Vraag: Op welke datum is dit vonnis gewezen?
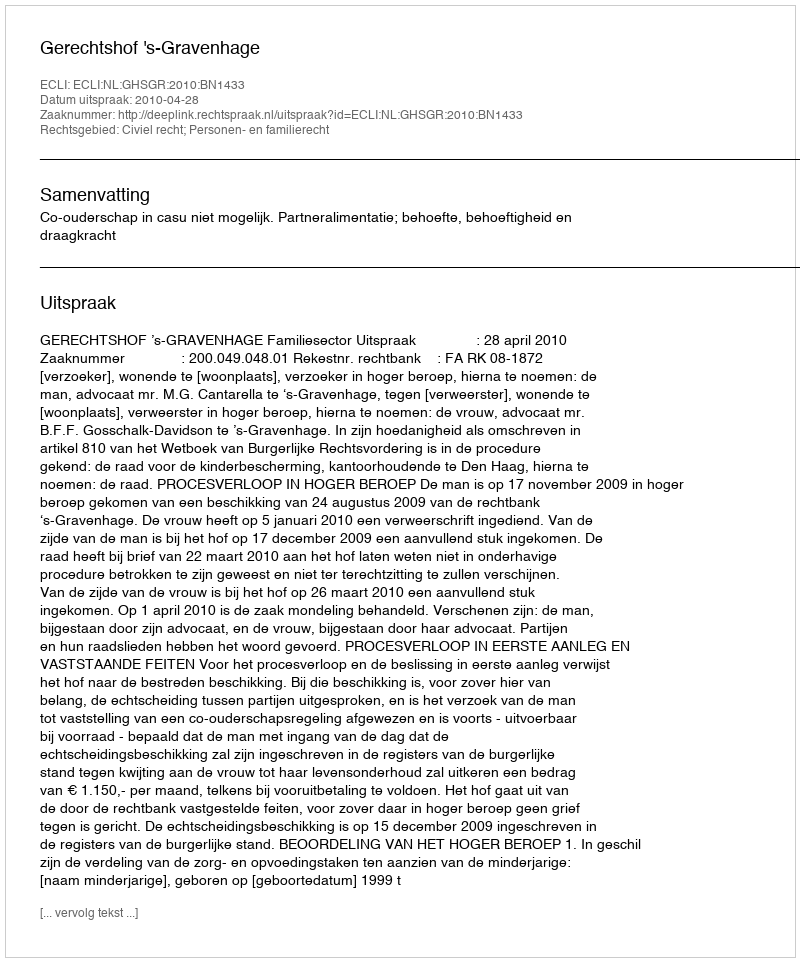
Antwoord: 2010-04-28